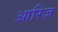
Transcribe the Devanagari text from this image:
आरिज़